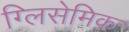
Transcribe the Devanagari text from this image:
ग्लिसेमिक